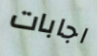
اجابات